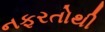
નફરતોથી